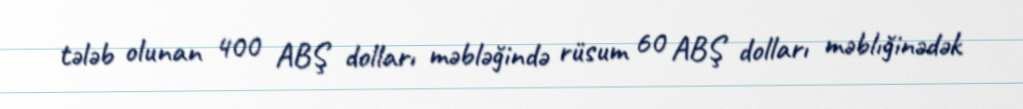
tələb olunan 400 ABŞ dolları məbləğində rüsum 60 ABŞ dolları məblığinədək